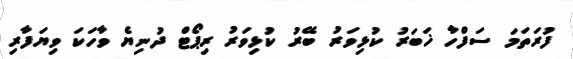
ފުރަތަމަ ސަފްހާ ޚަބަރު ކުޅިވަރު ބޭރު ކުޅިވަރު ރިޕޯޓް ދުނިޔެ ވާހަކަ ވިޔަފާރި